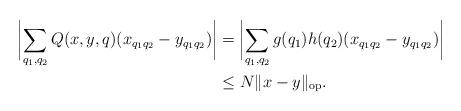
LaTeX: \begin{align*}\biggl|\sum_{q_1, q_2} Q(x,y,q)(x_{q_1q_2}-y_{q_1q_2})\biggr| &= \biggl|\sum_{q_1, q_2} g(q_1)h(q_2)(x_{q_1q_2}-y_{q_1q_2})\biggr|\\&\le N\|x-y\|_{\textup{op}}. \end{align*}